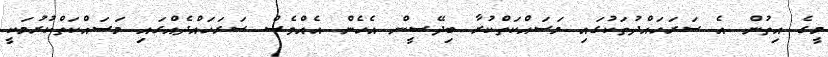
މީގެ އިތުން އެ ސަރަހައްދުތަކުގައި މަސައްކަތްކުރާ ބިދޭސީން އެހެން އެއްވެސް ސަރަހައްދެއްގައި މަސައްކަތްކުރުމަކީ